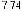
7.74